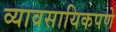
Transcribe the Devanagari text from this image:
व्यावसायिकपणे